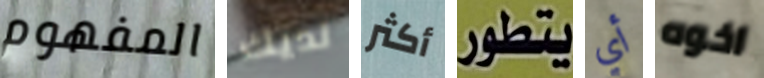
المفهوم لديك أكثر يتطور أي اخوه